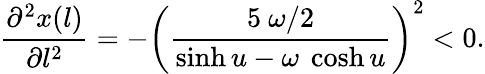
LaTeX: \frac{\partial^{2}x(l)}{\partial l^{2}}=-\left(\frac{5~\omega/2}{\sinh u-\omega~\cosh u}\right)^{2}<0.